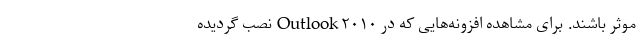
موثر باشند. برای مشاهده افزونه­‌هایی که در Outlook ۲۰۱۰ نصب گردیده